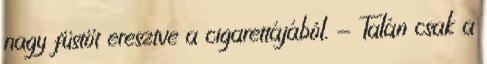
nagy füstöt eresztve a cigarettájából. - Talán csak a